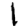
Digit: 1